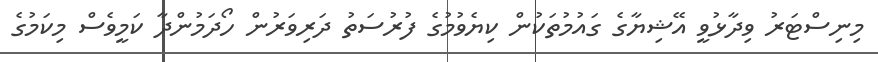
މިނިސްޓަރު ވިދާޅުވީ އޭޝިޔާގެ ގައުުމުތަކުން ކިޔެވުމުގެ ފުރުސަތު ދަރިވަރުން ހޯދަމުންދާ ކަމީވެސް މިކަމުގެ